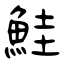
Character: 鮭